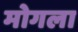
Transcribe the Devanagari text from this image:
मोगला